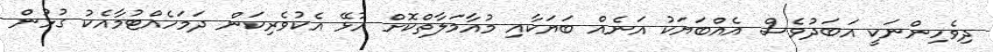
ދިވެހިންނަކީ އަބަދުވެސް އެއްބަޔަކު އަނެއް ބަޔަކާއި މުއާމަލާތްކޮށް އުޅޭ އެކުވެރިކަން ދަމަހެއްޓުމާއެކު ގުޅުން